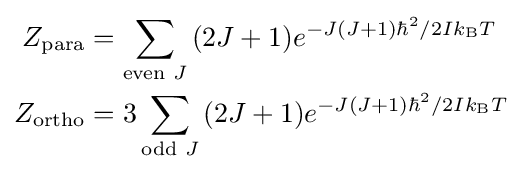
{\begin{aligned}Z_{\text{para}}&=\sum \limits _{{\text{even }}J}{(2J+1)e^{{-J(J+1)\hbar ^{2}}/{2Ik_{\text{B}}T}\;}}\\Z_{\text{ortho}}&=3\sum \limits _{{\text{odd }}J}{(2J+1)e^{{-J(J+1)\hbar ^{2}}/{2Ik_{\text{B}}T}\;}}\end{aligned}}